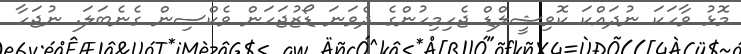
މޮޅު ވާހަކަ ނުދައްކަ ކޮވިޝީލްޑް ޖެހިމިހުންގެ ދެވަނަ ޑޯޒުޖަހަން ވެކްސިން ގެނެބަލަ. ނުޖަހާ